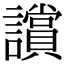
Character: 𧭢